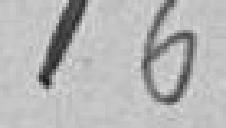
162